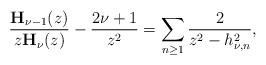
LaTeX: \begin{align*}\frac{\mathbf{H}_{\nu-1}(z)}{z\mathbf{H}_{\nu}(z)}-\frac{2\nu+1}{z^2}=\sum_{n\geq 1}\frac{2}{z^2-h_{\nu,n}^2},\end{align*}